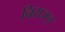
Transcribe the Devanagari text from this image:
निराजल